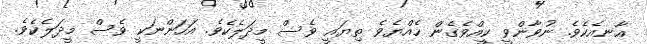
އާނއެކެވެ. ނުވާންވީ ކީއްވެގެން ހެއްޔެވެ ތިޔައީ ވެސް މީދަލެކެވެ. އަހަންނަކީ ވެސް މީދަލެކެވެ.